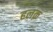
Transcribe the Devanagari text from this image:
हलक़